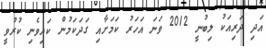
އަދި ދަރިއަކު ލިބުނީ 2012 ވަނަ އަހަރު ކަމަށާއި ގަދަކަމުން ކައިވެނި ކުރުވީ